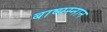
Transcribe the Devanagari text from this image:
बाष्पस्नान